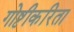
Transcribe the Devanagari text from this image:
गोष्टीकरिता